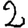
Digit: 2